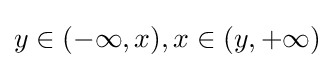
y\in (-\infty ,x),x\in (y,+\infty )